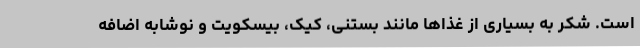
است. شکر به بسیاری از غذاها مانند بستنی، کیک، بیسکویت و نوشابه اضافه